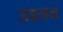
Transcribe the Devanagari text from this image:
अह्रमन